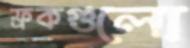
ফ্রকগুলো